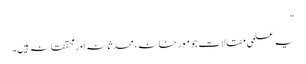
“
یہ علمی مقالات جو مورخانہ، محدثانہ اور محققانہ ہیں۔